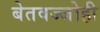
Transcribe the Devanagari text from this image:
बेतवज्जोही